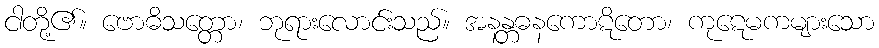
ငါတို့၏။ ဗောဓိသတ္တော၊ ဘုရားလောင်းသည်။ အနန္တဓနကောဋိတော၊ ကုဋေမကများသော